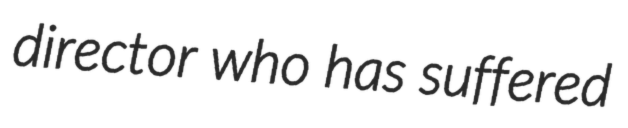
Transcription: director who has suffered